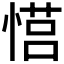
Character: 𪬠